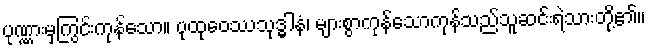
ပုဏ္ဏားမှကြွင်းကုန်သော။ ပုထုဝေဿသုဒ္ဓါနံ၊ များစွာကုန်သောကုန်သည်သူဆင်းရဲသားတို့၏။